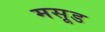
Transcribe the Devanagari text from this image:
मसूड